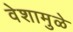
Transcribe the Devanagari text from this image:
वेशामुळे